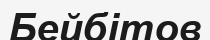
Бейбітов